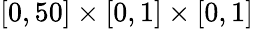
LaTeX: [0,50]\times[0,1]\times[0,1]